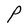
Character: P